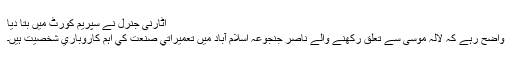
اٹارنی جنرل نے سپریم کورٹ میں بتا دیا
واضح رہے کہ لالہ موسی سے تعلق رکھنے والے ناصر جنجوعہ اسلام آباد ميں تعميراتي صنعت کي اہم کاروباري شخصيت ہيں۔